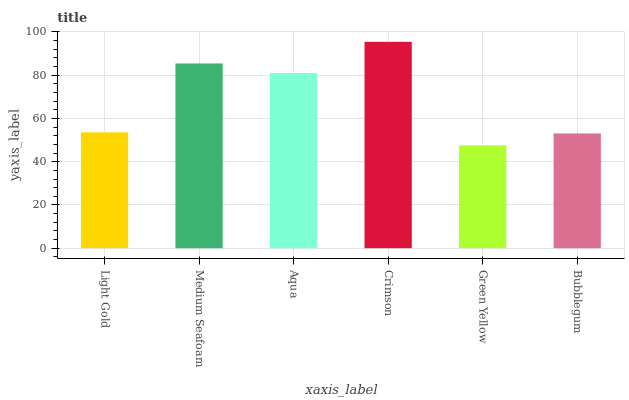
| xaxis_label | bars |
 | --- | --- |
 | Light Gold | 53.6 |
 | Medium Seafoam | 85.4 |
 | Aqua | 81 |
 | Crimson | 95.4 |
 | Green Yellow | 47.6 |
 | Bubblegum | 53.1 |